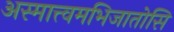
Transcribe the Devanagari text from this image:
अस्मात्त्वमभिजातोसि